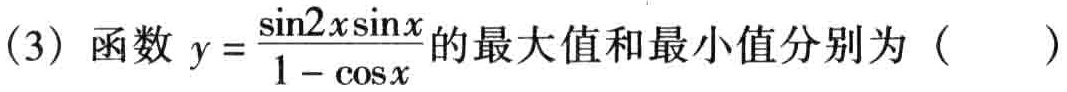
(3) 函数 \(y = \frac{\sin2x\sin x}{1 - \cos x}\) 的最大值和最小值分别为（  ）